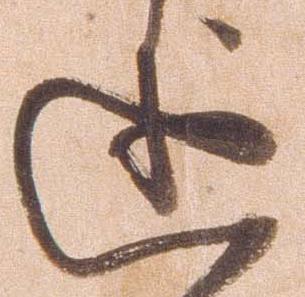
述